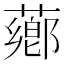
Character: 薌